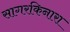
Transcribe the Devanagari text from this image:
सागरकिनारा